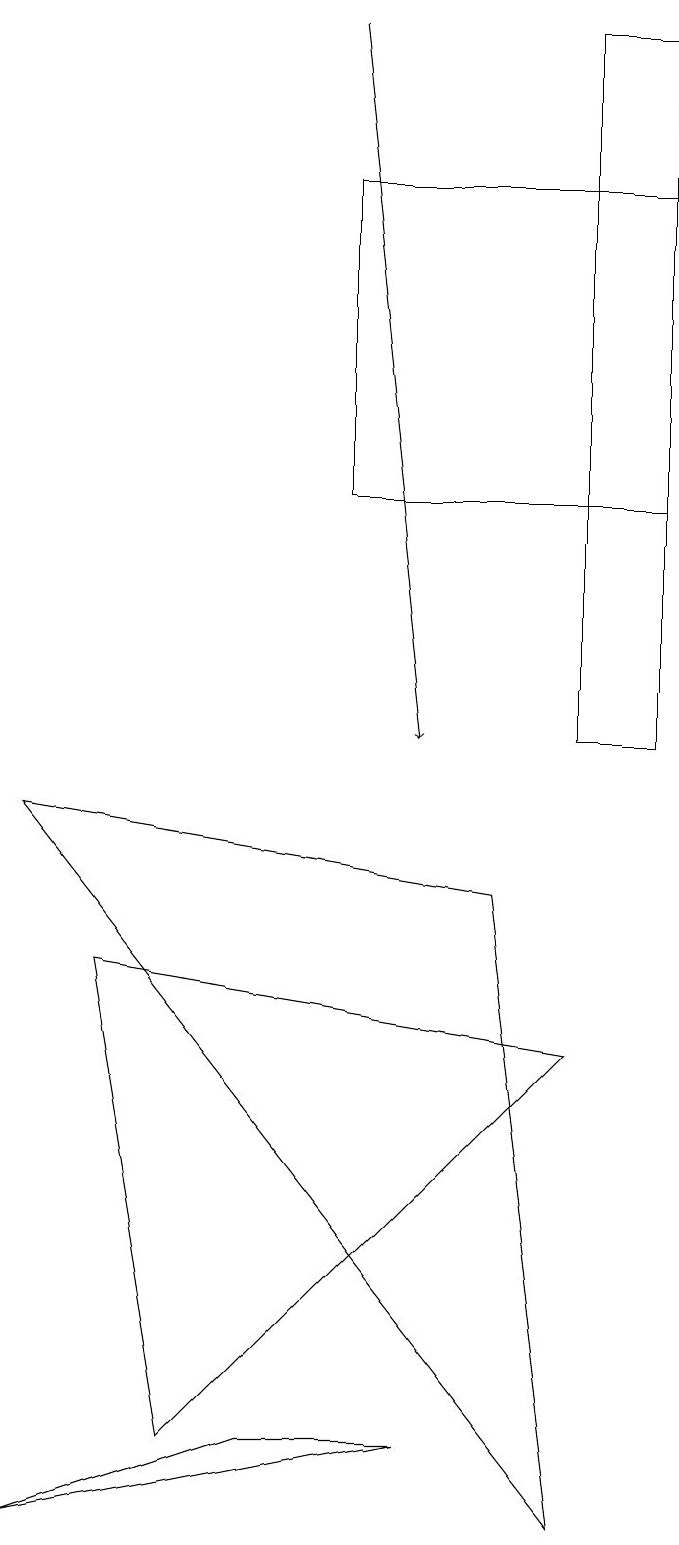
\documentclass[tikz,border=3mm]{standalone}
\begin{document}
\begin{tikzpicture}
\draw[->] (4,19) -- (5,10);
\draw (3,1) -- (0,0) -- (5,1) -- cycle;
\draw (7,6) -- (2,1) -- (1,7) -- cycle;
\draw (8,19) rectangle (7,10);
\draw (7,0) -- (0,9) -- (6,8) -- cycle;
\draw (4,13) rectangle (8,17);
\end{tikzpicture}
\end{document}